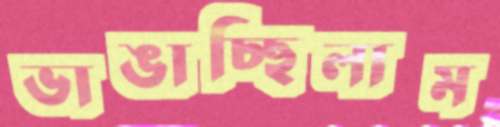
ভাঙাচ্ছিলাম